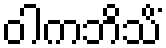
ဝါကဘိသိံ